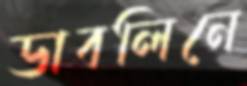
ডাবলিনে